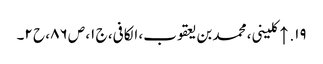
۱۹. ↑ کلینی، محمد بن یعقوب، الکافی، ج ۱، ص ۸۶، ح ۲۔